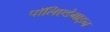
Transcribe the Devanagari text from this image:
पॉलिएडेमाइन